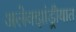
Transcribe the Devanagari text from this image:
अलेक्झांड्रीयात